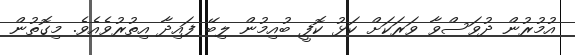
އުމުރުން ދުވަސްވާ ވަރަކަށް ކަޅު ކޮފީ ބުއިމުން ލިބޭ ފައިދާ އިތުރުވެއެވެ. މިގޮތުން